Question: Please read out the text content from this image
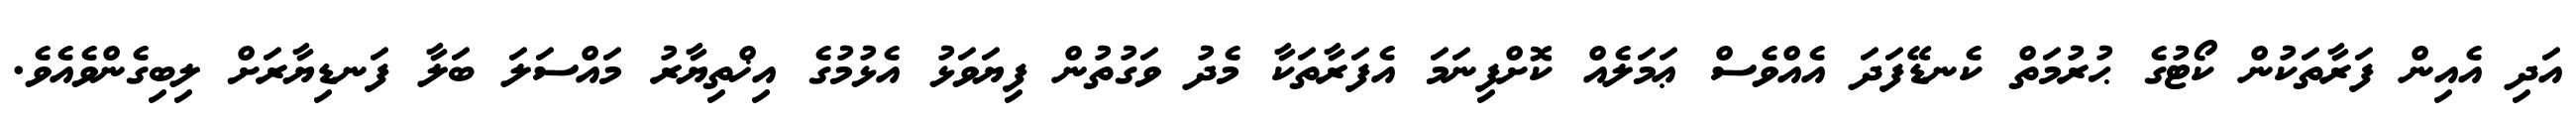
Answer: އަދި އެއިން ފަރާތަކުން ކޯޓުގެ ޙުރުމަތް ކެނޑޭފަދަ އެއްވެސް ޢަމަލެއް ކޮށްފިނަމަ އެފަރާތަކާ މެދު ވަގުތުން ފިޔަވަޅު އެޅުމުގެ އިޚްތިޔާރު މައްސަލަ ބަލާ ފަނޑިޔާރަށް ލިބިގެންވެއެވެ.